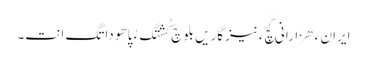
ایران ءَ ھزارانی کَچّ ءَ نیزگاریں بلوچ کُشتگ ءُ پاھو داتگ اَنت۔